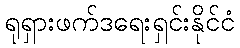
ရုရှားဖက်ဒရေးရှင်းနိုင်ငံ